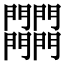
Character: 𨷾